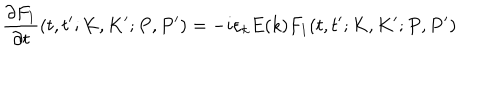
\frac { \partial F _ { 1 } } { \partial t } ( t , t ^ { \prime } ; K , K ^ { \prime } ; P , P ^ { \prime } ) = - i \varepsilon _ { k } E ( k ) F _ { 1 } ( t , t ^ { \prime } ; K , K ^ { \prime } ; P , P ^ { \prime } )